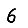
Digit: 6